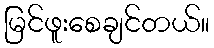
မြင်ဖူးစေချင်တယ်။